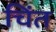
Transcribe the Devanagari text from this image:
चिंत